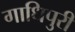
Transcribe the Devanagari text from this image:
गाधिपुरी